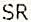
SR